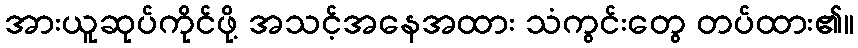
အားယူဆုပ်ကိုင်ဖို့ အသင့်အနေအထား သံကွင်းတွေ တပ်ထား၏။